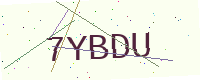
Text: 7YBDU